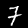
Label: 7